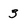
Character: 3